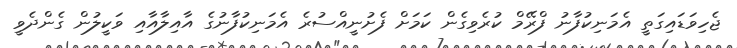
ޖެހިވަޑައިގަތީ އެމަނިކުފާނު ފްރޭމް ކުރެވިގެން ކަމަށް ފެށުނީއްސުރެ އެމަނިކުފާނުގެ އާއިލާއާއި ވަކީލުން ގެންދެވީ